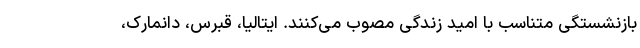
بازنشستگی متناسب با امید زندگی مصوب می‌کنند. ایتالیا، قبرس، دانمارک،